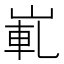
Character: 𡸲